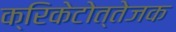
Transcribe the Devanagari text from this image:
क्रिकेटोत्तेजक